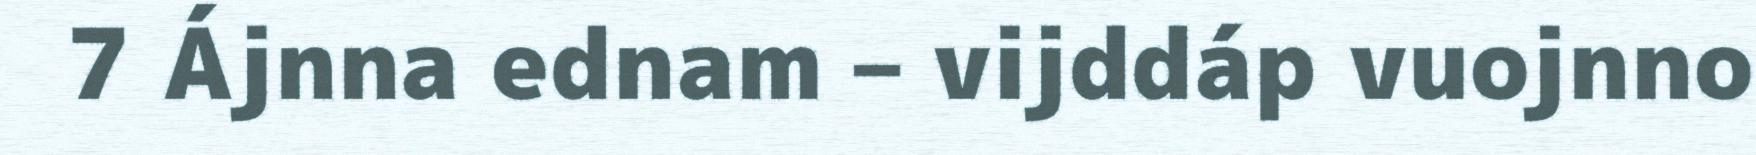
7 Ájnna ednam – vijddáp vuojnno